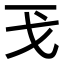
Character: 𢦌